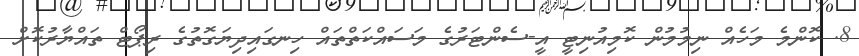
8. ކޮންމެ މަހެއް ނިމުމުން ކޮމިއުނިޓީ އީ-ސެންޓަރުގެ މަސައްކަތްތައް ހިނގައިދިޔަގޮތުގެ ރިޕޯޓް ތައްޔާރުކޮށް